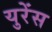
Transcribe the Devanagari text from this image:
युरेंस